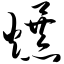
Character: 爆